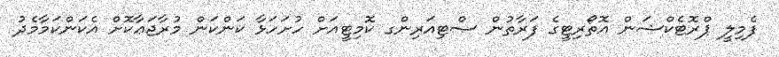
ފެމިލީ ޕްރޮޓެކްޝަން އޮތޯރިޓީގެ ފަރާތުން ސްޓިއަރިންގ ކޮމިޓީއަށް ހުށަހަޅާ ކަންކަން މުރާޖަޢާކޮށް އެކަންކަމާމެދު